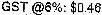
GST @6%: $0.46